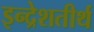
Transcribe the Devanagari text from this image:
इन्द्रेशतीर्थ